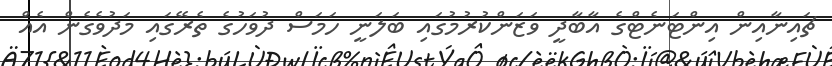
ޗައިނާއިން އިންޓަނެޓްގެ އާބާދީ ވަޒަންކުރުމުގައި ބަލަނީ ހަމަސް ދުވަހުގެ ތެރޭގައި މަދުވެގެން އެއް